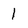
Character: I